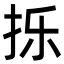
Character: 㧰